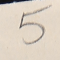
5